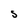
Character: S